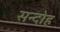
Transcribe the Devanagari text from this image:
सन्दोह